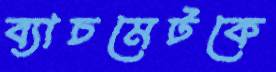
ব্যাচমেটকে